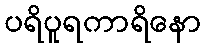
ပရိပူရကာရိနော